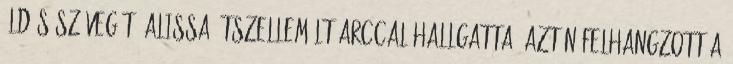
áldás szövegét. Alissa átszellemült arccal hallgatta. Aztán felhangzott a